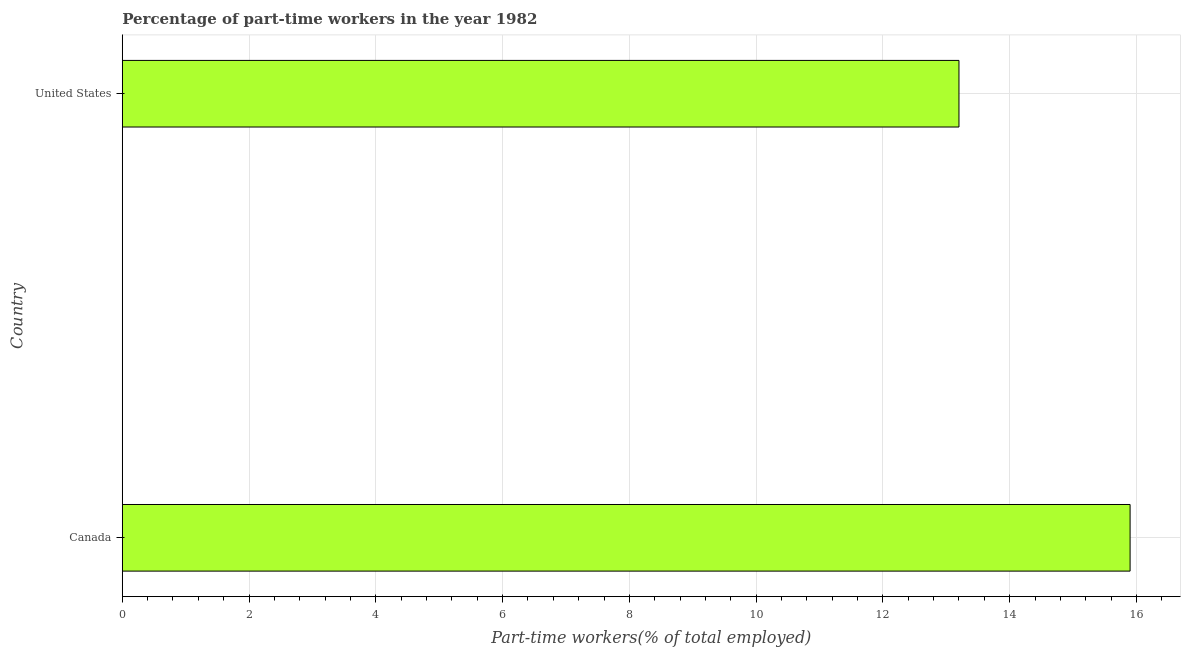
| Country | Part time employment |
 | --- | --- |
 | Canada | 15.9 |
 | United States | 13.2 |